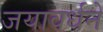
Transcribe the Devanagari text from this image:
जयावर्धने